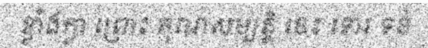
ខ្លាំងក្លា ព្រោះ គុណសម្បត្តិ នេះ ទោរ ទន់